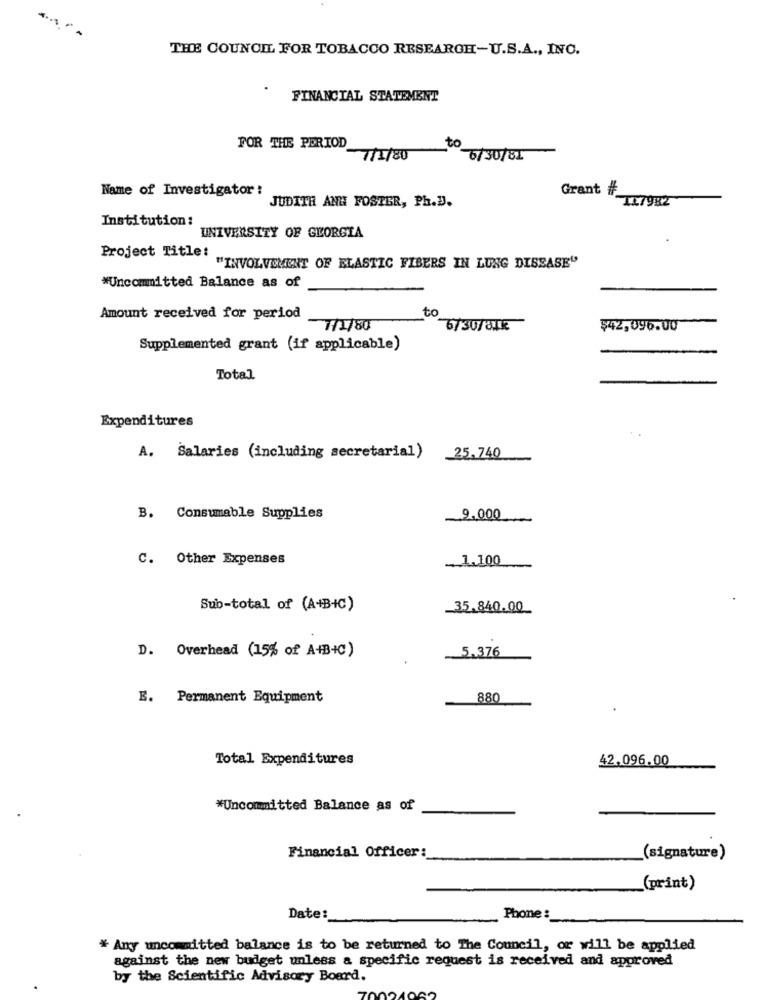
THE COUNCIL FOR TOBACCO RESEARCH-U.S.A ., INC.
FINANCIAL STATEMENT
FOR THE PERIOD
7/5/80
0 6/30/81
Name of Investigator !
Grant #
IL7982
JUDITH ANH FOSTER, Ph.B.
Institution:
UNIVERSITY OF GEORGIA
Project Title:
"INVOLVEMENT OF ELASTIC FIBERS IN LUNG DISEASE"
*Uncommitted Balance as of
Amount received for period
to
7/1/80
6/30/81k
$42,096.00
Supplemented grant (if applicable)
Total
Expenditures
A. Salaries (including secretarial)
25.740
B. Consumable Supplies
.9.000
C. Other Expenses
... 1.100
Sub-total of (A+B+C)
35.840.00
D. Overhead (15% of A+B+C)
5.376
E. Permanent Equipment
880
Total Expenditures
42.096.00
*Uncommitted Balance as of
Financial Officer:
(signature)
(print)
Date:
Phone :
* Any uncommitted balance is to be returned to The Council, or will be applied
against the new budget unless a specific request is received and approved
by the Scientific Advisory Board.